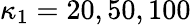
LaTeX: \kappa_{1}=20,50,100